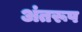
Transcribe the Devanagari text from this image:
अंतरूप